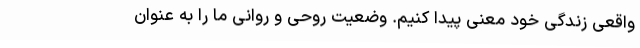
واقعی زندگی خود معنی پیدا کنیم. وضعیت روحی و روانی ما را به عنوان